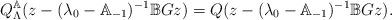
LaTeX: \begin{align*} Q_\Lambda^\mathbb{A}(z-(\lambda_0-\mathbb{A}_{-1})^{-1}\mathbb{B}Gz)=Q(z-(\lambda_0-\mathbb{A}_{-1})^{-1}\mathbb{B}Gz).\end{align*}